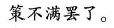
策不满罢了。